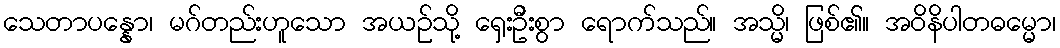
သေတာပန္နော၊ မဂ်တည်းဟူသော အယဉ်သို့ ရှေးဦးစွာ ရောက်သည်။ အသ္မိ၊ ဖြစ်၏။ အဝိနိပါတဓမ္မော၊